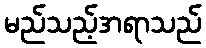
မည်သည့်အရာသည်